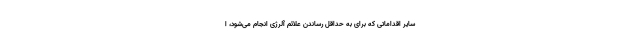
سایر اقداماتی که برای به حداقل رساندن علائم آلرژی انجام می‌شود، ا